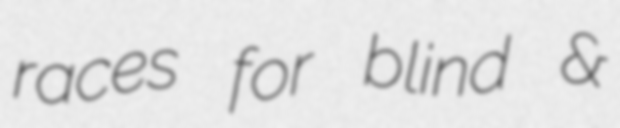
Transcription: races for blind &